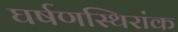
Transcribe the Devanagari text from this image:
घर्षणस्थिरांक